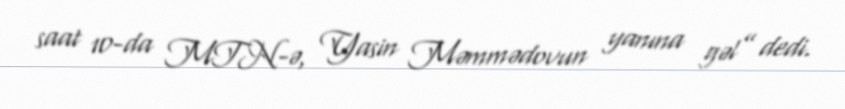
saat 10-da MTN-ə, Yasin Məmmədovun yanına gəl” dedi.